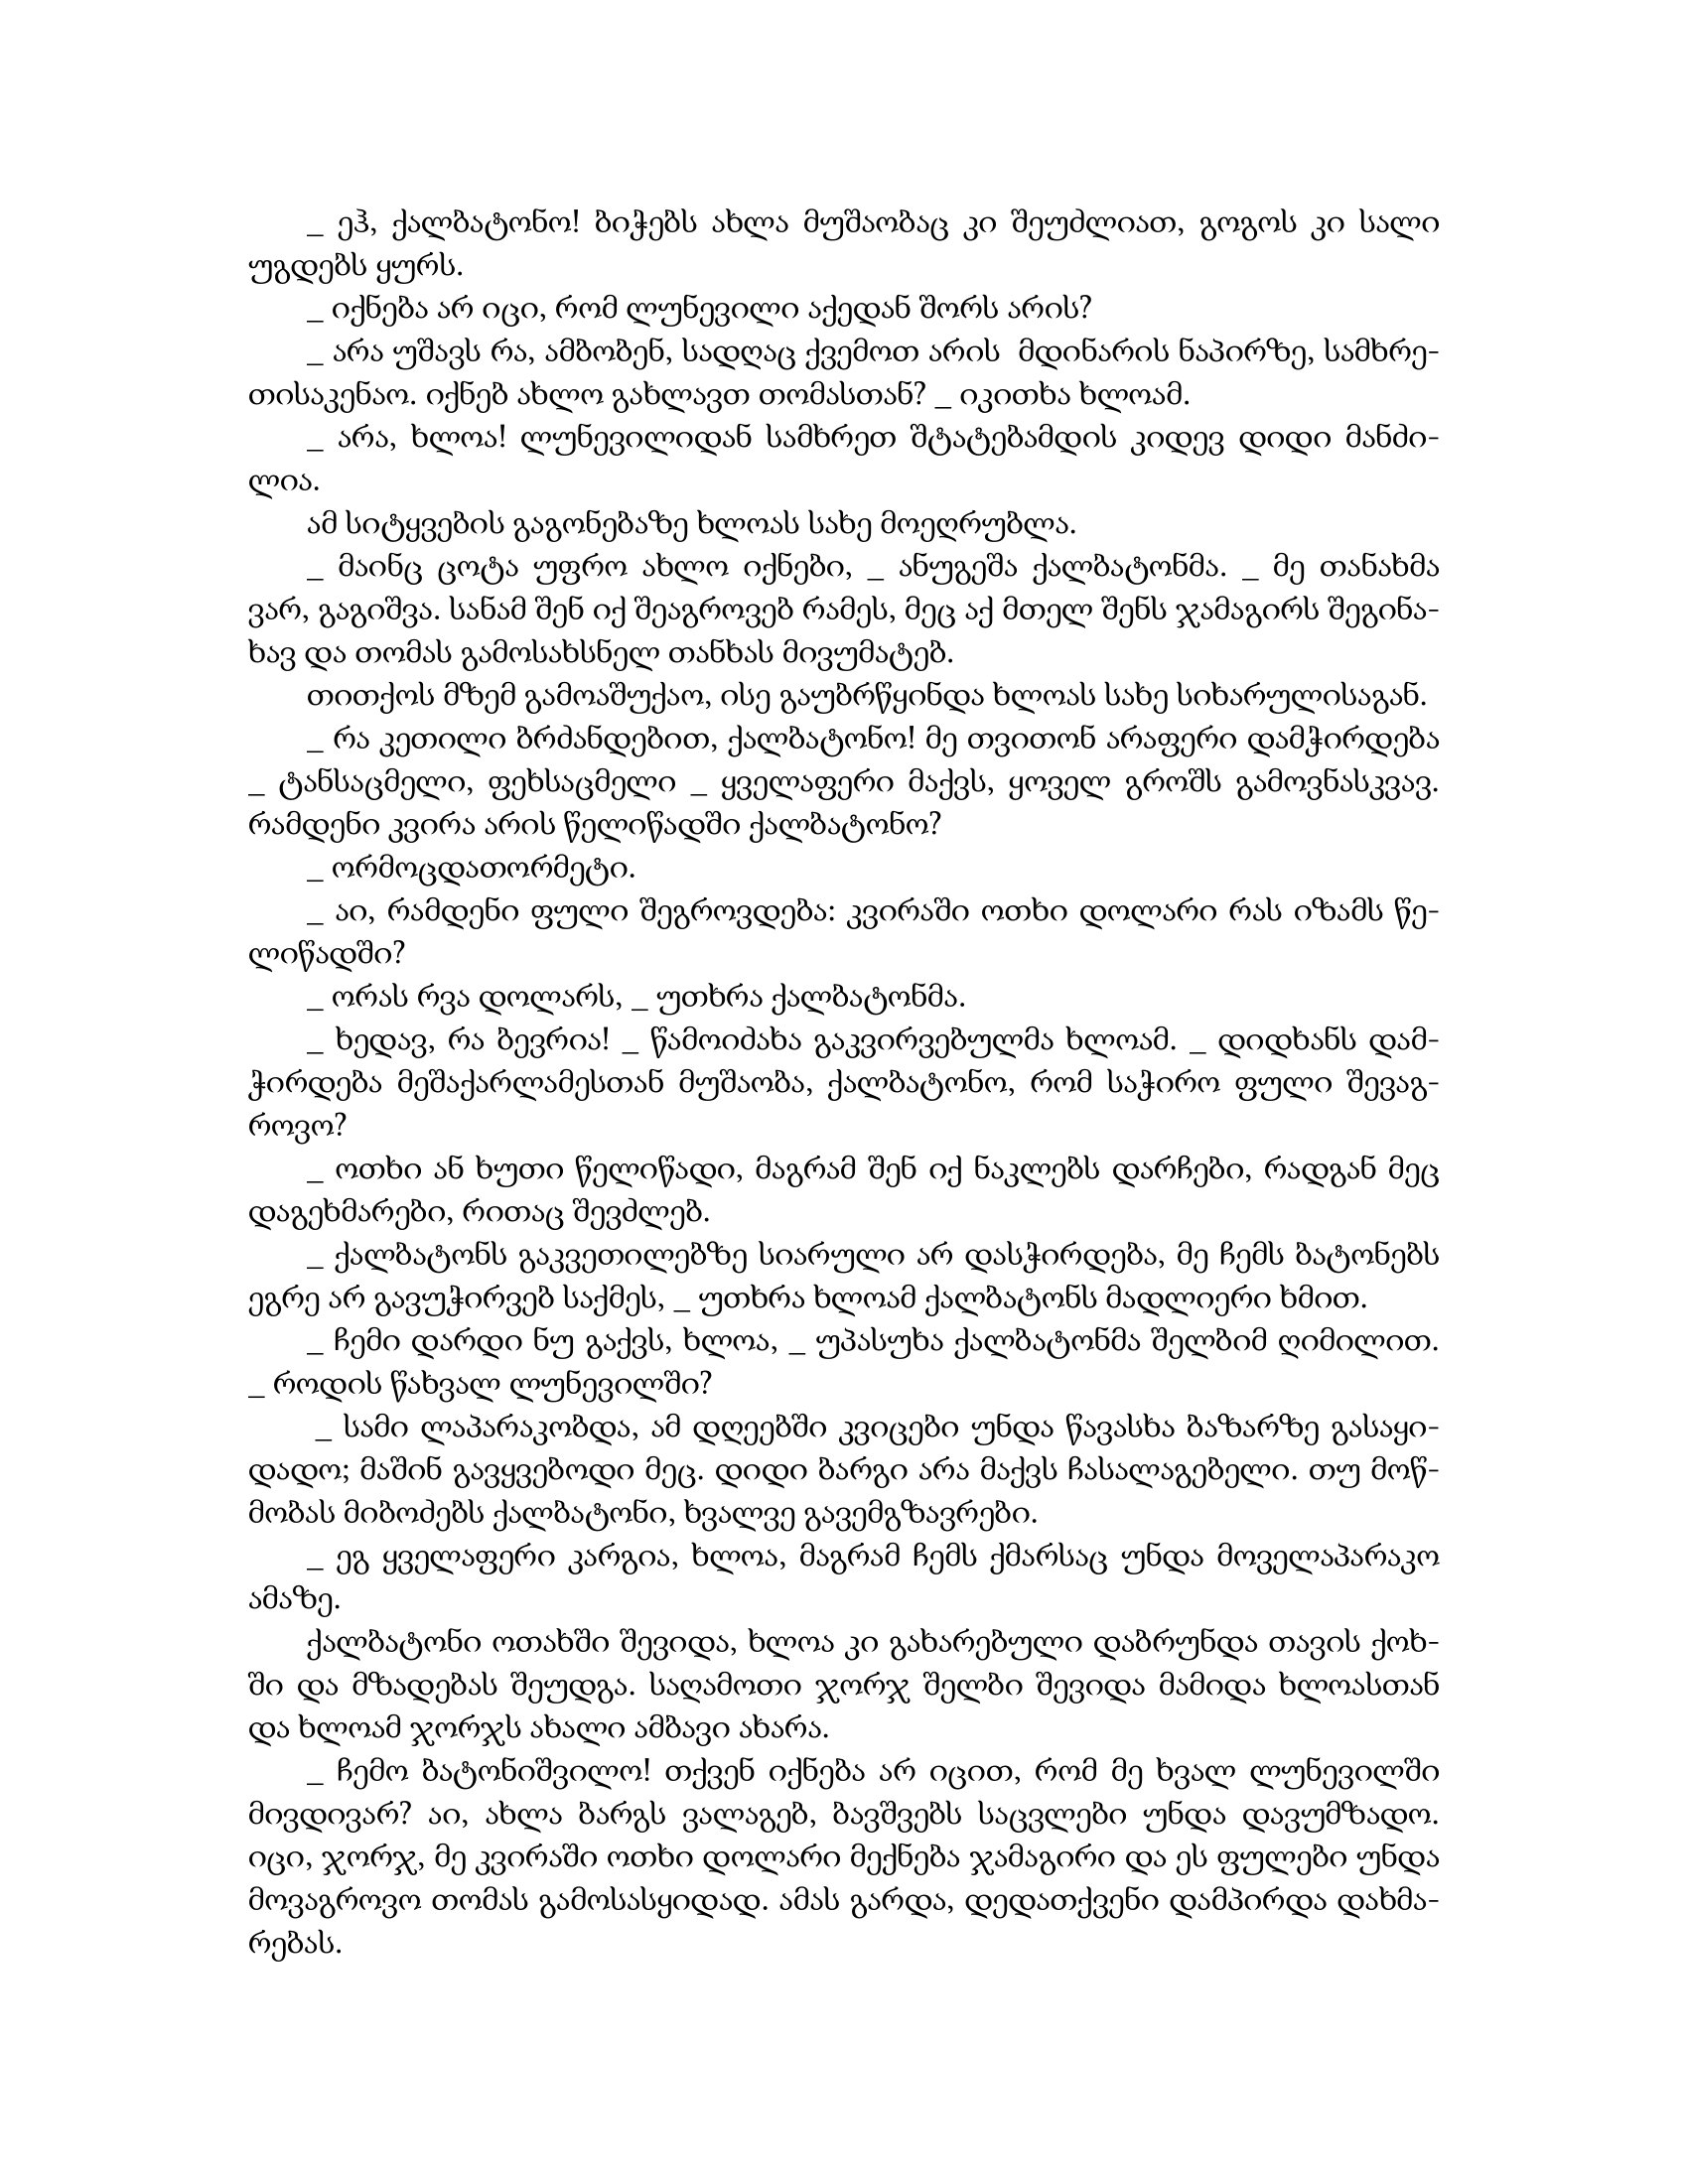
Language: gr